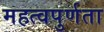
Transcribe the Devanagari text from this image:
महत्वपुर्णता